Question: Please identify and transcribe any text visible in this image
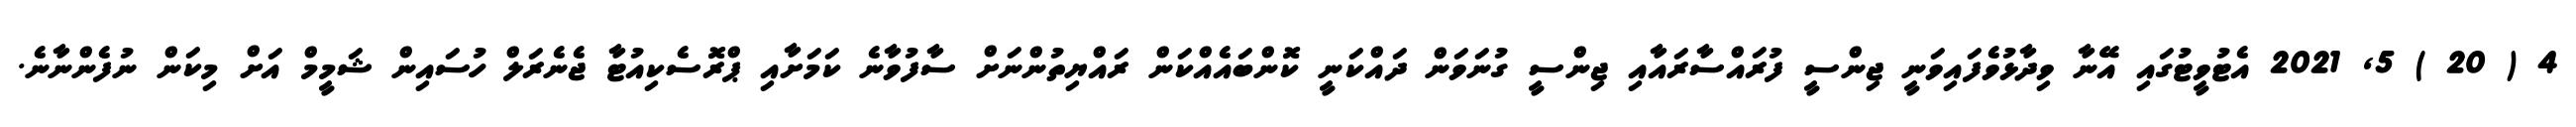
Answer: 4 ( 20 ) 5, 2021 އެޓުވީޓުގައި އޭނާ ވިދާޅުވެފައިވަނީ ޖިންސީ ފުރައްސާރައާއި ޖިންސީ ގުނަވަން ދައްކަނީ ކޮންބައެއްކަން ރައްޔިތުންނަށް ސާފުވާނެ ކަމަށާއި ޕްރޮސެކިއުޓާ ޖެނެރަލް ހުސައިން ޝަމީމް އަށް މިކަން ނުފެންނާނެ.